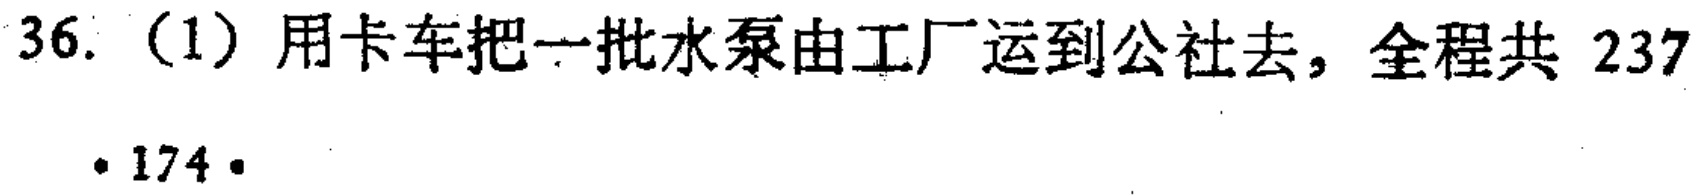
36.（1）用卡车把一批水泵由工厂运到公社去，全程共 237
\cdot 174\cdot